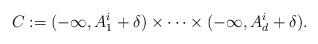
LaTeX: \begin{align*}C:=(-\infty,A_1^i+\delta)\times\cdots\times (-\infty,A_d^i+\delta).\end{align*}